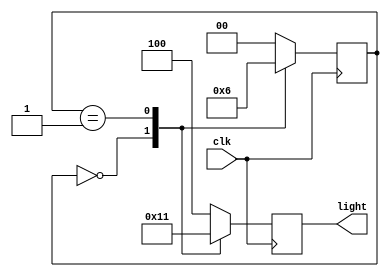
`timescale 1ns / 1ps
//////////////////////////////////////////////////////////////////////////////////
// Company: 
// Engineer: 
// 
// Design Name: 
// Module Name:    cyclic_lamb 
// Project Name: 
// Target Devices: 
// Tool versions: 
// Description: 
//
// Dependencies: 
//
// Revision: 
// Revision 0.01 - File Created
// Additional Comments: 
//
//////////////////////////////////////////////////////////////////////////////////
module cyclic_lamp(clk,light);
input clk;
output reg[2:0]light;
parameter s0=0,s1=1,s2=2;
parameter red=3'b100,green=3'b010,yellow=3'b001;
reg [1:0]state;
always @(posedge clk)
 case(state)
  s0:begin
       light<=green;state<=s1;
	  end
  s1:begin
      light<=yellow;state<=s2;
		end
  s2:begin
      light<=red;state<=s0;
		end
	default:begin
	       light<=red;state<=0;
			 end
			 endcase
endmodule